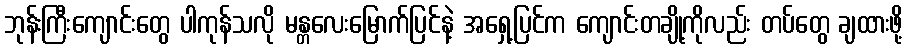
ဘုန်းကြီးကျောင်းတွေ ပါကုန်သလို မန္တလေးမြောက်ပြင်နဲ့ အရှေ့ပြင်က ကျောင်းတချို့ကိုလည်း တပ်တွေ ချထားဖို့